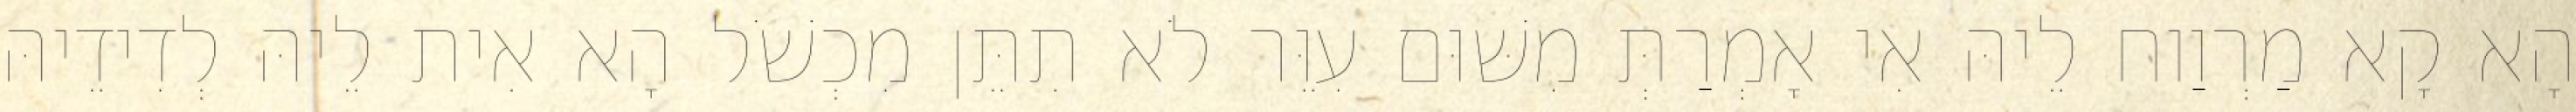
הָא קָא מַרְוַוח לֵיהּ אִי אָמְרַתְּ מִשּׁוּם עִוֵּר לֹא תִתֵּן מִכְשֹׁל הָא אִית לֵיהּ לְדִידֵיהּ